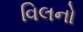
વિલનો